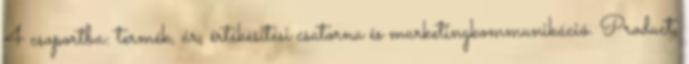
4 csoportba: termék, ár, értékesítési csatorna és marketingkommunikáció. Product,